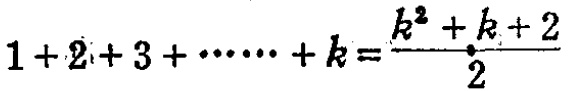
$1 + 2 + 3 + \cdots + k = \frac{k^{2}+k + 2}{2}$